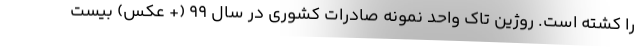
را کشته است. روژین تاک واحد نمونه صادرات کشوری در سال ۹۹ (+ عکس) بیست‌